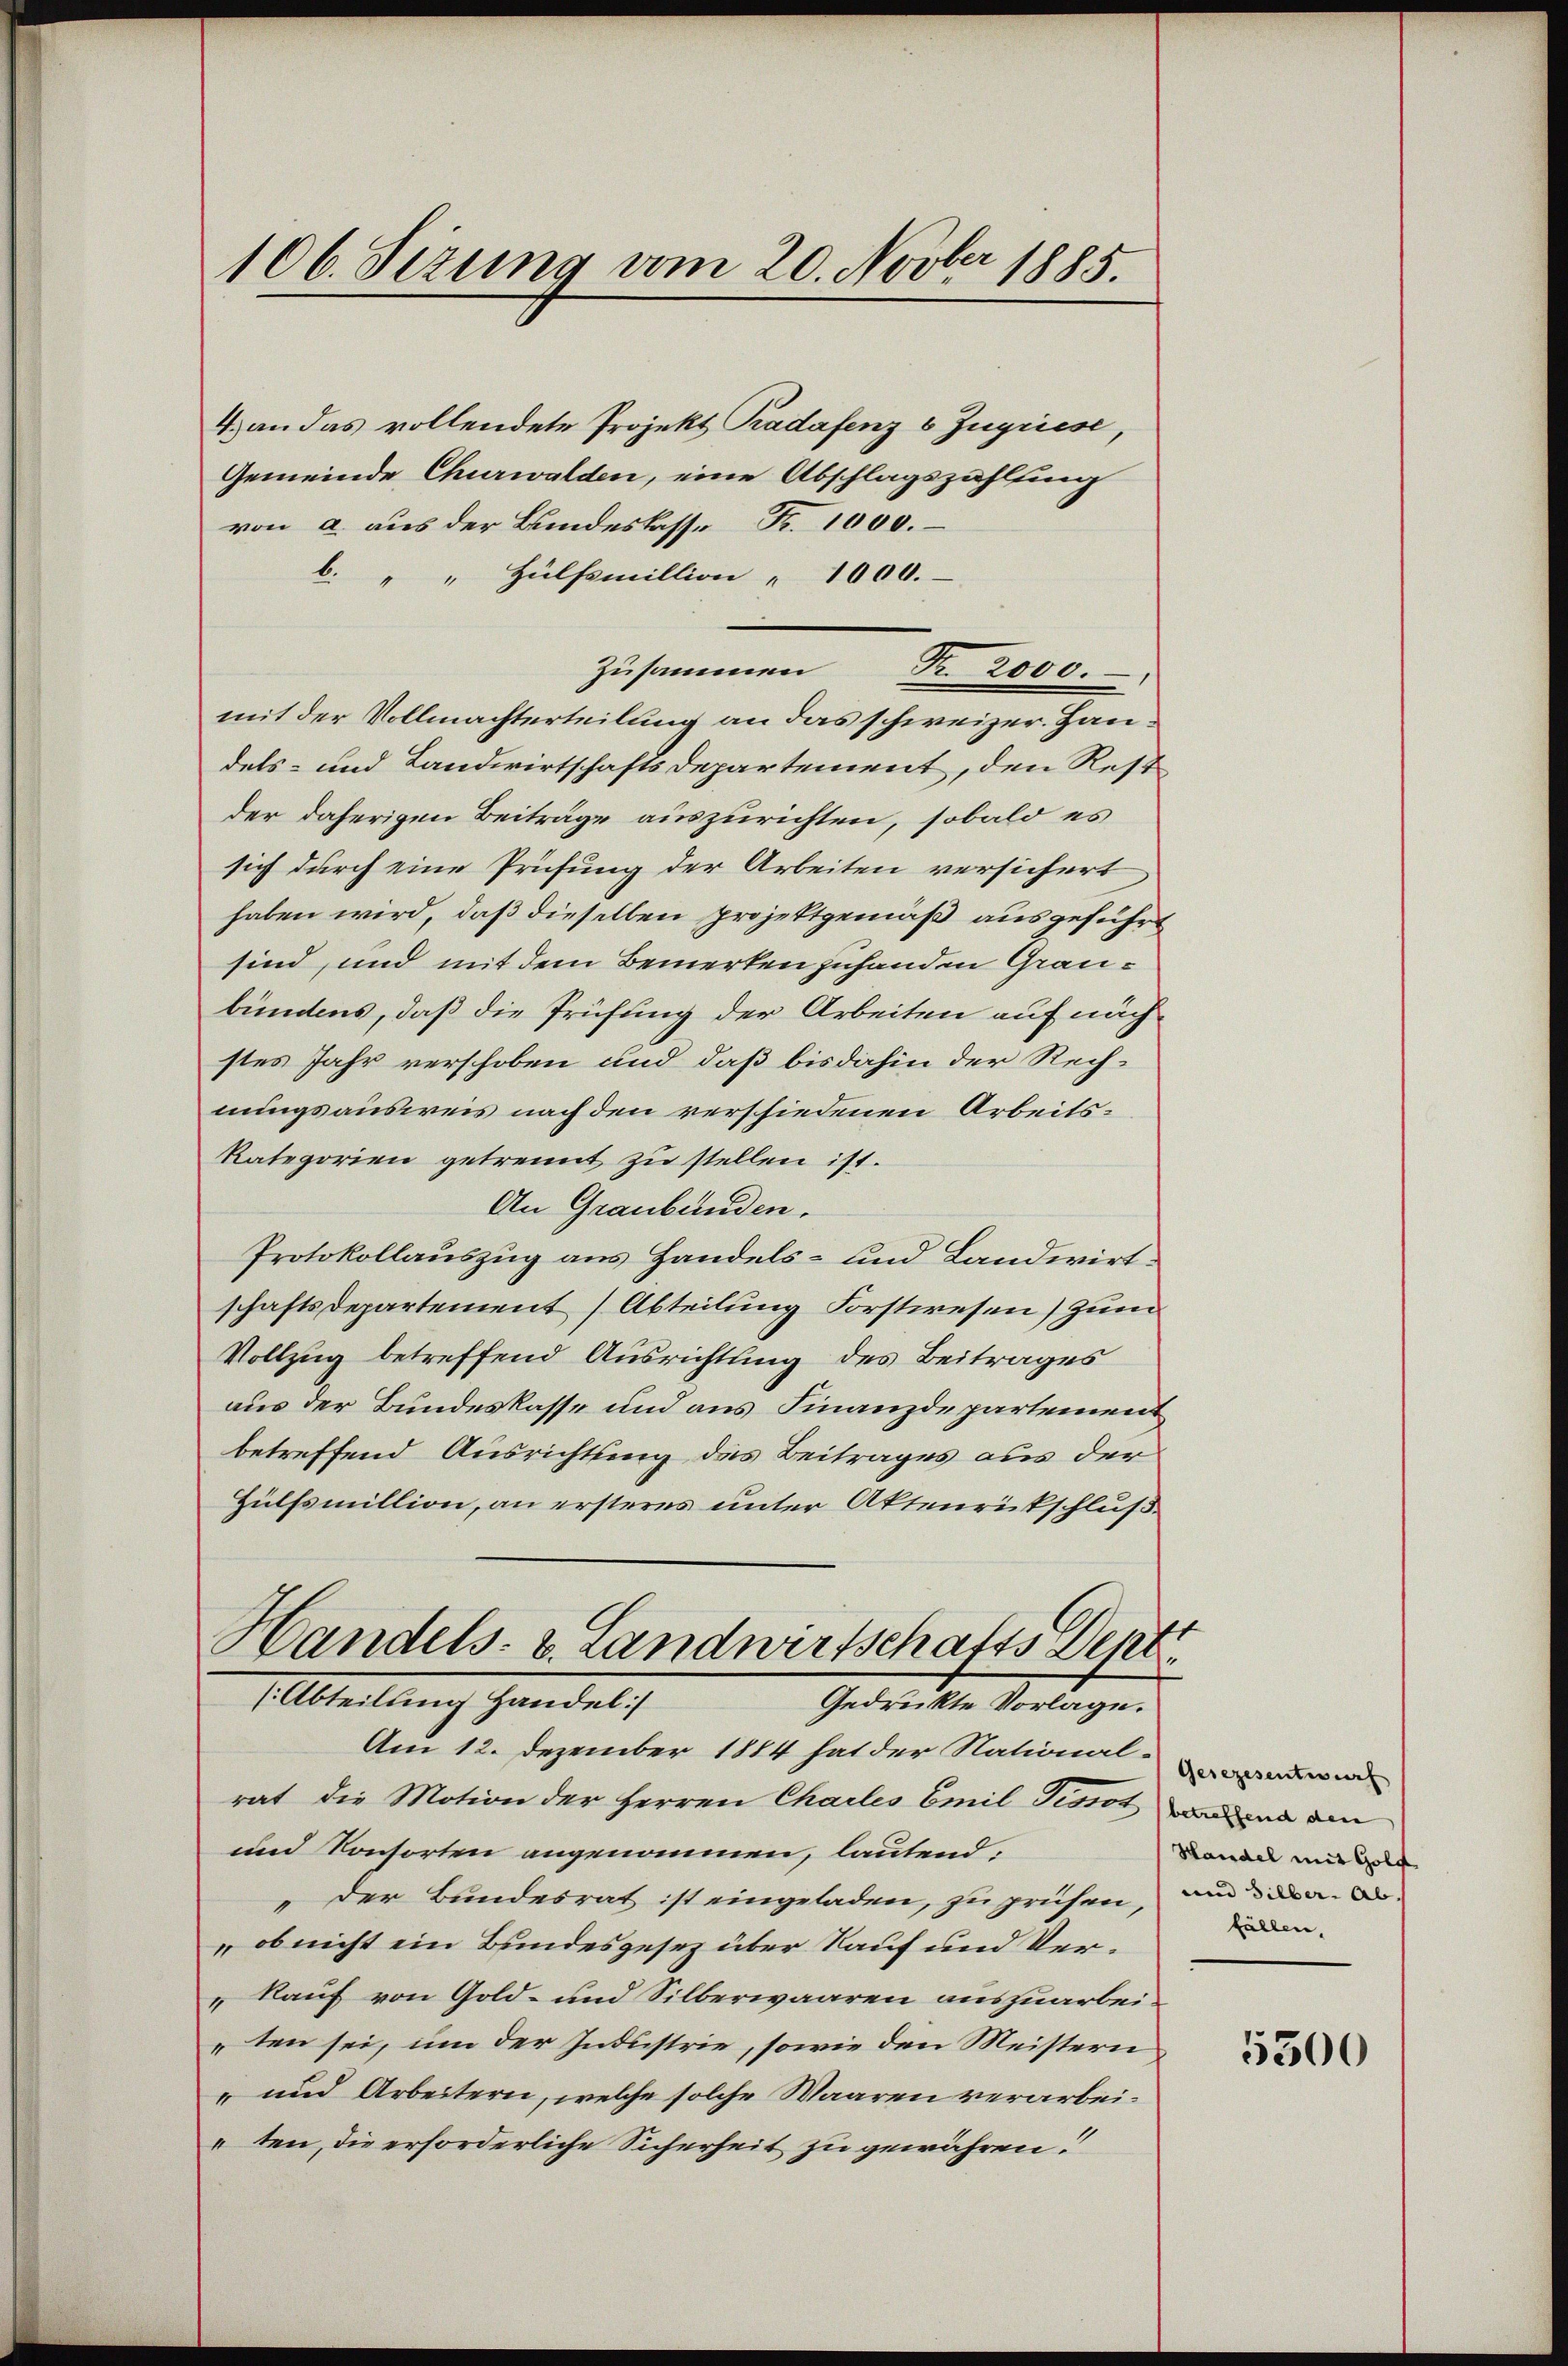
106. Sezung vom 20. Novber 1885.

4.) an das vollendete Projekt Kadafenz & Zugriese,
Gemeinde Churwalden, eine Abschlagszahlung
von a. aus der Bundeskasse Fr. 1000.
C. " " Hülfsmillion " 1000.
mit der Vollmachterteilung an das schweizer. Handels- und Landwirtschaftsdepartement, den Restder daherigen Beiträge auszurichten, sobald es
sich durch eine Prüfung der Arbeiten versichert
haben wird, daß dieselben projektgemäß ausgeführt
sind, und mit dem Bemerken zuhanden Graubundens, daß die Prüfung der Arbeiten auf nächstes Jahr verschoben und daß bis dahin der Rechnungsausweis nach den verschiedenen Arbeits¬
Kategorien getrennt zu stellen ist.
An Graubünden.
Protokollauszug aus Handels- und Landwirtschaftsdepartement (Abteilung Forstwesen) zum
Vollzug betreffend Ausrichtung des Beitrages
aus der Bundeskasse und aus Finanzdepartement
betreffend Ausrichtung des Beitrages aus der
Hülfsmillion, an ersteres unter Aktenrückschluß¬
Handels- u. Landwirtschafts Sept.
[Abteilung Handel]
Gedruckte Vorlage.
Am 12. Dezember 1884 hat der National-
rat die Motion der Herren Chailes Emil Tissot
und Konsorten angenommen, lautend:
„der Bundesrat ist eingeladen, zu prüfen,
ob nicht ein Bundesgesez über Kauf und Ver¬
„Kauf von Gold- und Silberwaaren auszuarbeiten sei, um der Industrie, sowie den Meistern
-und Arbeitern, welche solche Waaren verarbeiten, die erforderliche Sicherheit zu gewähren!

Zusammen Fr. 2000.

Gesezesentwurf
betreffend den
Handel mit Gold
und Silber. Ab
fällen,

5300